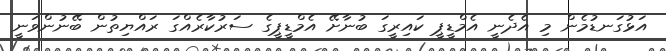
އަޅުގަނޑުމެން މި އެދެނީ އެމްޑީޕީ ކައިރީގަ ބުނާށޭ އެމްޑީޕީގެ ސަރުކާރެއްގަ ރައްޔިތުން ބޭނުންވަނީ